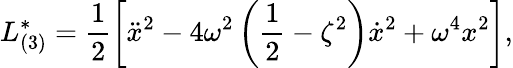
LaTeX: {L}_{(3)}^{*}=\frac{1}{2}\left[\ddot{x}^{2}-4\omega^{2}\left(\frac{1}{2}-\zeta^{2}\right)\dot{x}^{2}+\omega^{4}x^{2}\right],